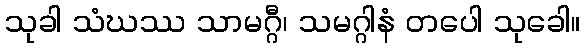
သုခါ သံဃဿ သာမဂ္ဂီ၊ သမဂ္ဂါနံ တပေါ သုခေါ။